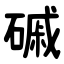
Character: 磩